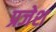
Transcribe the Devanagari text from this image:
प्रजेश